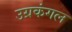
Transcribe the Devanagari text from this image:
उग्रकंगल